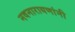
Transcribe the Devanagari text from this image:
नवनारायणांनी